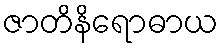
ဇာတိနိရောဓာယ